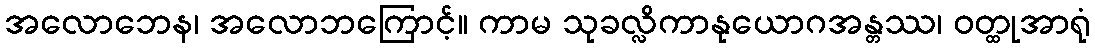
အလောဘေန၊ အလောဘကြောင့်။ ကာမ သုခလ္လိကာနုယောဂအန္တဿ၊ ဝတ္ထုအာရုံ